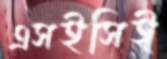
এসইসিই